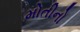
મોતીનો